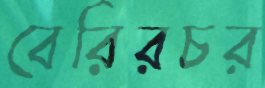
বেরিরচর